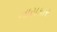
નાસકાર